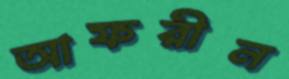
আফরীন